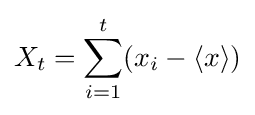
X_{t}=\sum _{i=1}^{t}(x_{i}-\langle x\rangle )